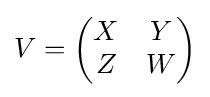
V=\left({\begin{matrix}X&Y\\Z&W\end{matrix}}\right)